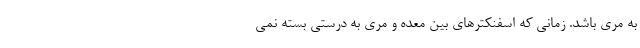
به مری باشد. زمانی که اسفنکترهای بین معده و مری به درستی بسته نمی